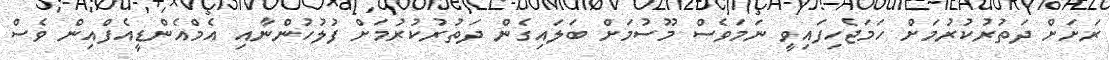
ރަށަށް ދަތުރުކުރުމަށް ހަމަޖެހިފައިވީ ނަމަވެސް މޫސުމަށް ބަލައިގެން ދަތުރުކުރުމަށް ފުލުހުންނާއި އެމްއެންޑީއެފްއިން ވެސް